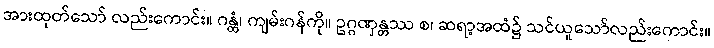
အားထုတ်သော် လည်းကောင်း။ ဂန္ထံ၊ ကျမ်းဂန်ကို။ ဥဂ္ဂဏှန္တဿ စ၊ ဆရာ့အထံ၌ သင်ယူသော်လည်းကောင်း။